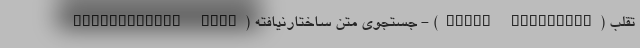
تقلب (Fraud Detection) - جستجوی متن ساختارنیافته (Unstructured Text